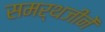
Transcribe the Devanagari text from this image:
समर्थजीनें